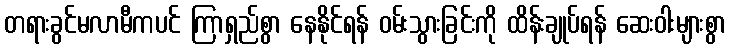
တရားခွင်မလာမီကပင် ကြာရှည်စွာ နေနိုင်ရန် ဝမ်းသွားခြင်းကို ထိန်းချုပ်ရန် ဆေးဝါးများစွာ